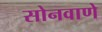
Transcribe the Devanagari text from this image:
सोनवाणे